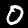
Label: 0